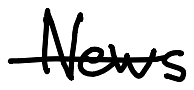
Text: News
Cross-out: single-line
Writing tool: digital_black